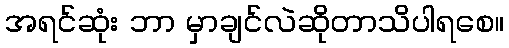
အရင်ဆုံး ဘာ မှာချင်လဲဆိုတာသိပါရစေ။